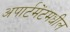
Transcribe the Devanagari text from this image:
अपार्टमेंटमधील